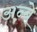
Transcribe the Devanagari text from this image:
अन्बे